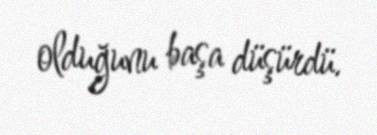
olduğunu başa düşürdü.